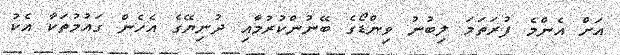
އަށް އެންމެ ފުރަތަމަ ލިބުނު ވިންޑޯގެ ބޭނުންކުރުމާއި ދުނިޔޭގެ އެހެން ގައުމުތަކާ އެކު